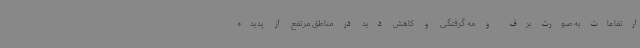
ارتفاعات به صورت برف و مه گرفتگی و کاهش دید در مناطق مرتفع از پدیده